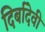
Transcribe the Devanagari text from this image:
दिर्बादेवी